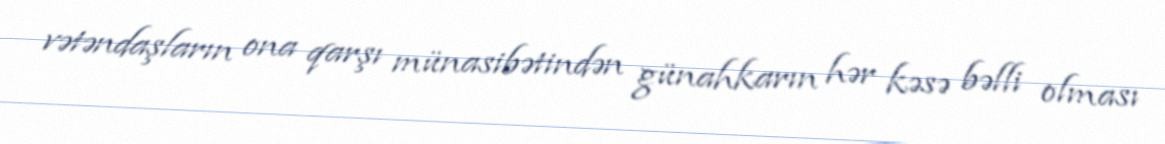
vətəndaşların ona qarşı münasibətindən günahkarın hər kəsə bəlli olması